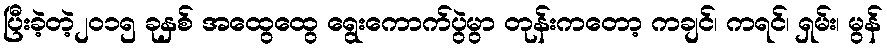
ပြီးခဲ့တဲ့၂၀၁၅ ခုနှစ် အထွေထွေ ရွေးကောက်ပွဲမွာ တုန်းကတော့ ကချင်၊ ကရင်၊ ရှမ်း၊ မွန်